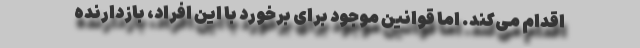
اقدام می‌کند. اما قوانین موجود برای برخورد با این افراد، بازدارنده